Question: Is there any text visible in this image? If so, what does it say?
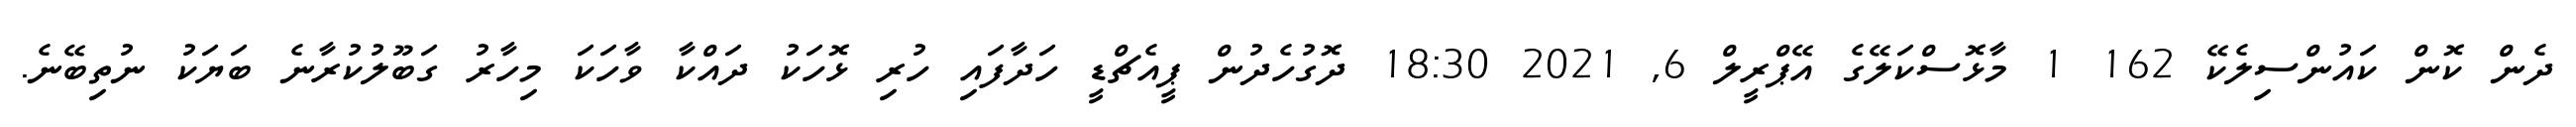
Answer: ދެން ކޮން ކައުންސިލެކޭ 162 1 މާޅޮސްކަލޭގެ އޭޕްރީލް 6, 2021 18:30 ދޮގުހެދުން ޕީއެޗްޑީ ހަދާފައި ހުރި ޅޮހަކު ދައްކާ ވާހަކަ މިހާރު ގަބޫލުކުރާނެ ބަޔަކު ނުތިބޭނެ.